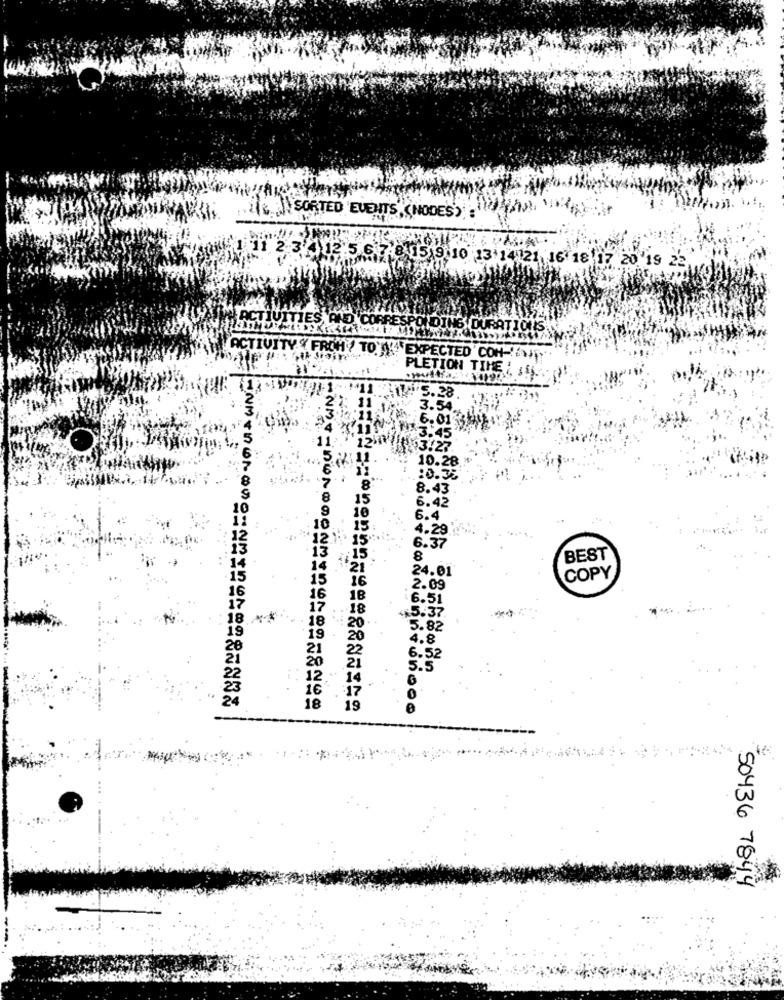
And:
SORTED EVENTS. (NODES)
7-8 15 9:10 13 14 121 16 18 17 20 '19 22
POLDING DURATIONS
ACTIVITY & FROM / TO !!! EXPECTED CON -!!!
PLETION TIME : 155
1 5.28.
3.54
6.01
1.45
10.28
8.43
5.42
6.4
15
4.29
is
6.37
8
BEST
'21
24.01
COPY
16
2.09
18
6.51
18
5.37
18
5.82
19
20
1.8
6.52
12.
16
17
FNMTDONOVO: NOID ==== 883X
18
ANMVEDONODON ======= 58499
19
50436 7844